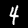
Label: 4